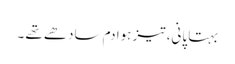
بہتا پانی، تیز ہوا دم سادھے تھے ۔